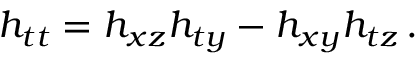
h _ { t t } = h _ { x z } h _ { t y } - h _ { x y } h _ { t z } \, .